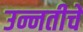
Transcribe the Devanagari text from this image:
उन्नतीचे